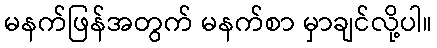
မနက်ဖြန်အတွက် မနက်စာ မှာချင်လို့ပါ။